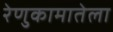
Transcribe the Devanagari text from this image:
रेणुकामातेला